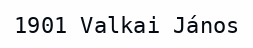
1901 Valkai János